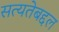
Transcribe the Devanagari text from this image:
सत्यतेबद्दल